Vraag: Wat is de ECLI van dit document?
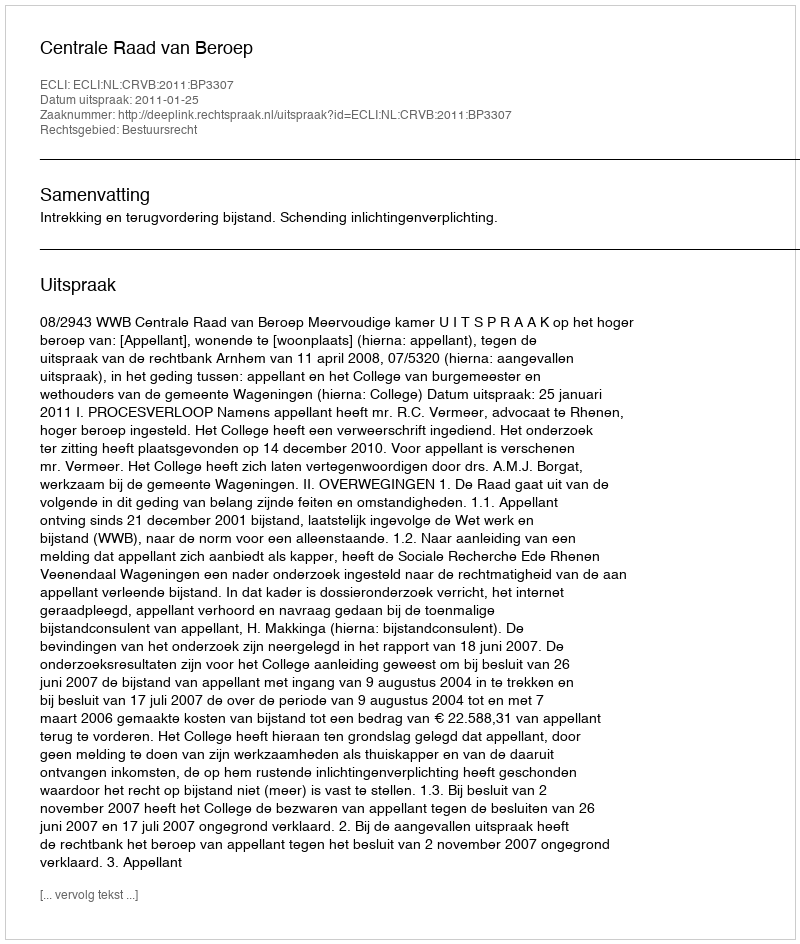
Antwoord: ECLI:NL:CRVB:2011:BP3307